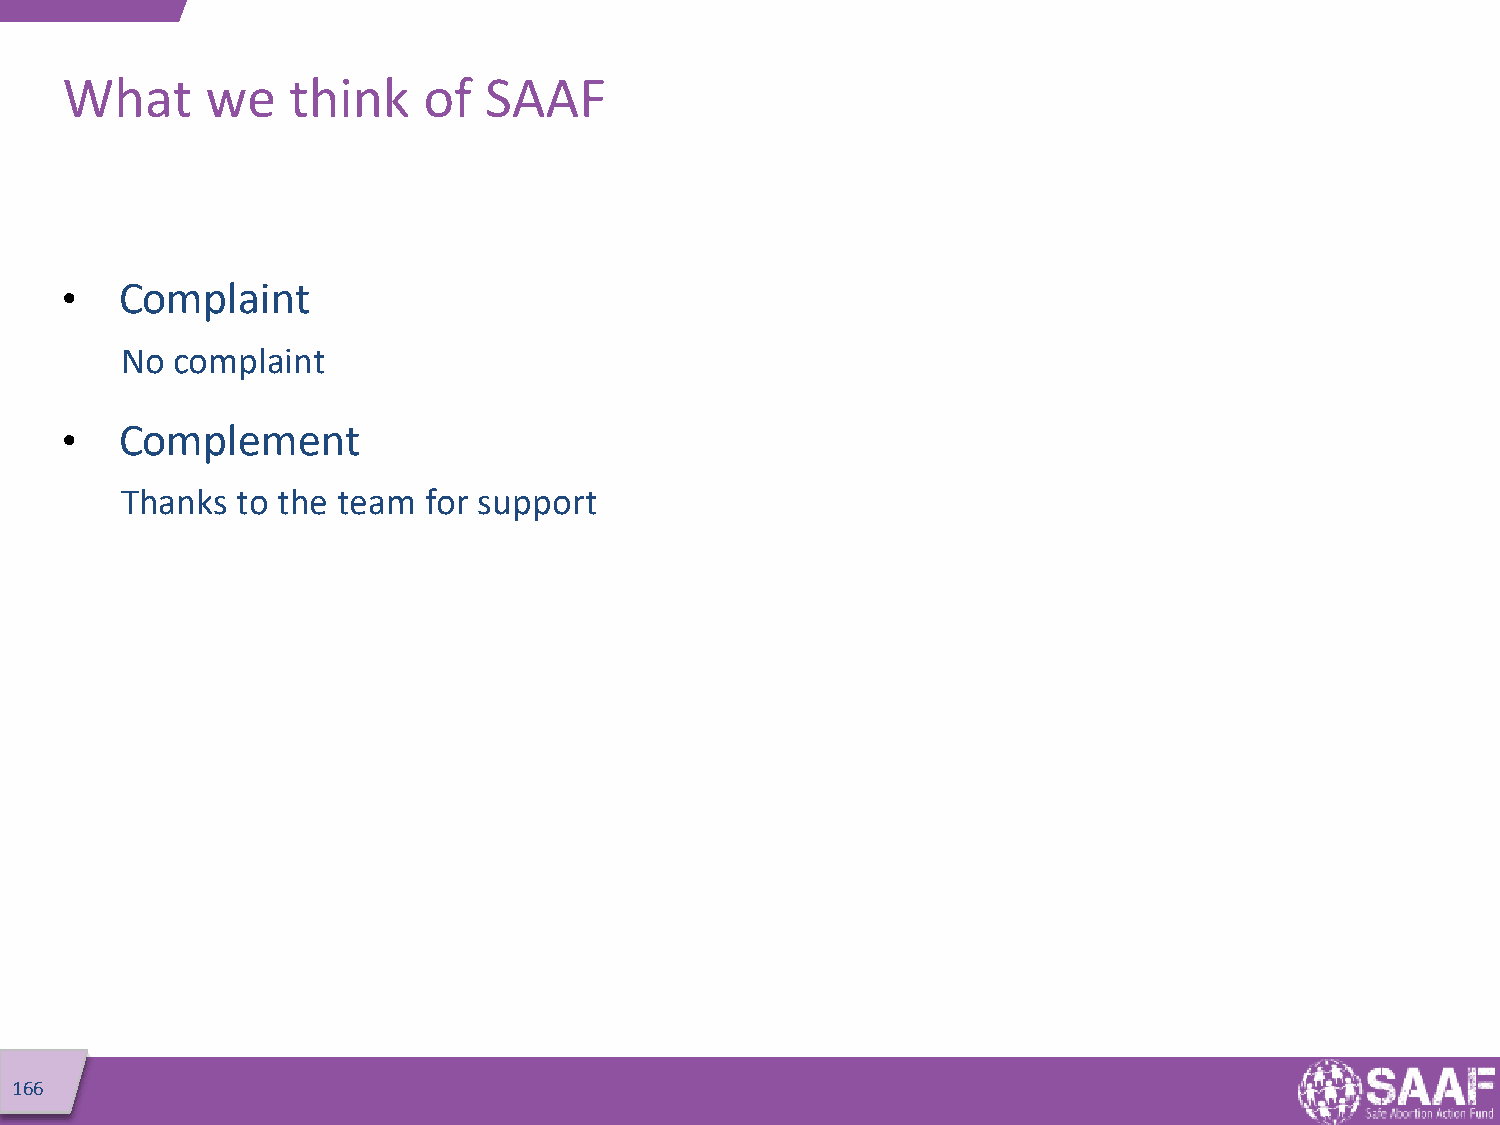
What      we   think    of  SAAF
 •   Complaint
 No  complaint
 •   Complement
 Thanks  to the team for support
 166